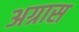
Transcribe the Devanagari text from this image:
अग्रास